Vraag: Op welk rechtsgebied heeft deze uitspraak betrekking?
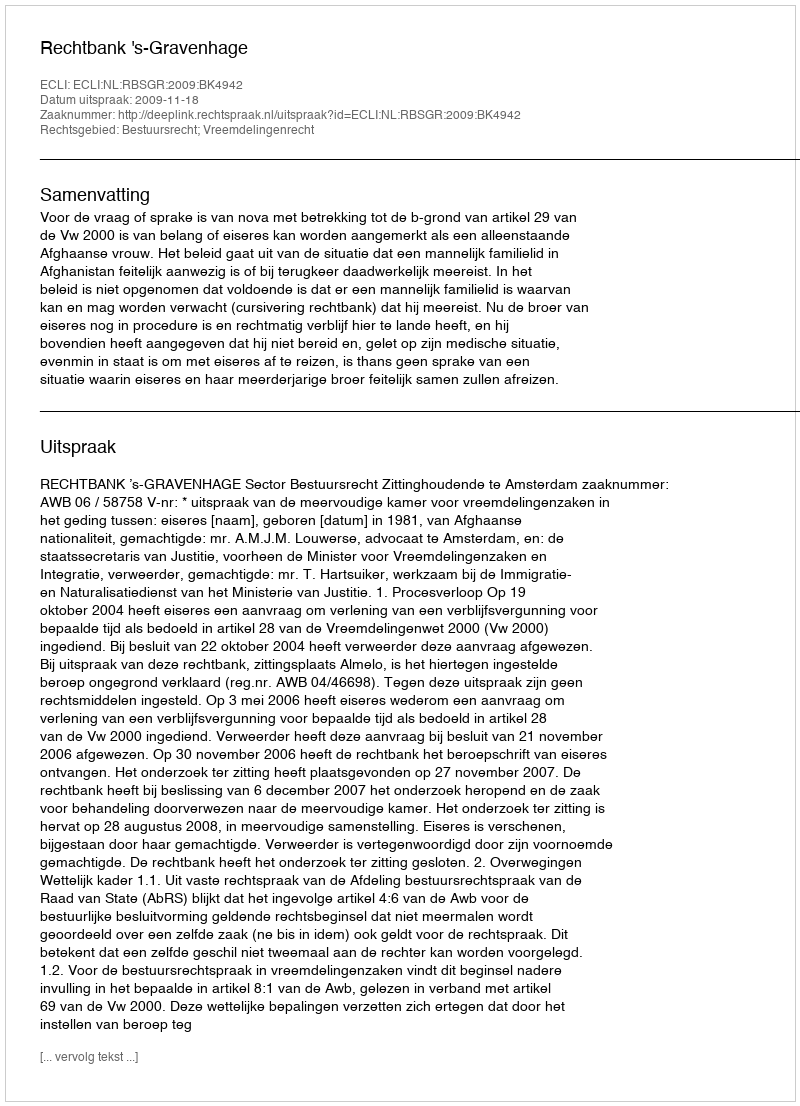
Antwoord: Bestuursrecht; Vreemdelingenrecht